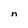
Character: n